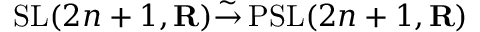
\operatorname { S L } ( 2 n + 1 , \mathbf { R } ) { \overset { \sim } { \to } } \operatorname { P S L } ( 2 n + 1 , \mathbf { R } )